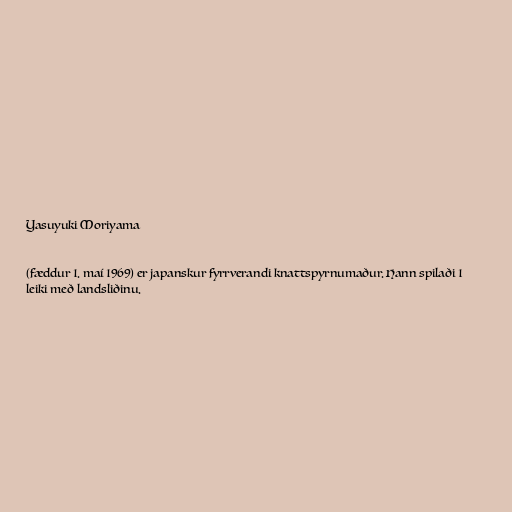
Yasuyuki Moriyama

(fæddur 1. maí 1969) er japanskur fyrrverandi knattspyrnumaður. Hann spilaði 1
leiki með landsliðinu.